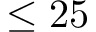
\leq 2 5